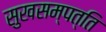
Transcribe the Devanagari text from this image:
सुखसम्पत्ति